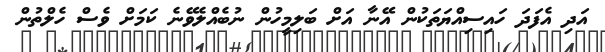
އަދި އެފަދަ ހައިސިއްޔަތަކުން އޭނާ އަށް ބަލިމީހުން ނުބެއްލެވޭނެ ކަމަށް ވެސް ހެލްތުން